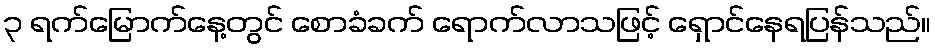
၃ ရက်မြောက်နေ့တွင် စောခံခက် ရောက်လာသဖြင့် ရှောင်နေရပြန်သည်။